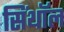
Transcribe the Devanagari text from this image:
सिंथॉल